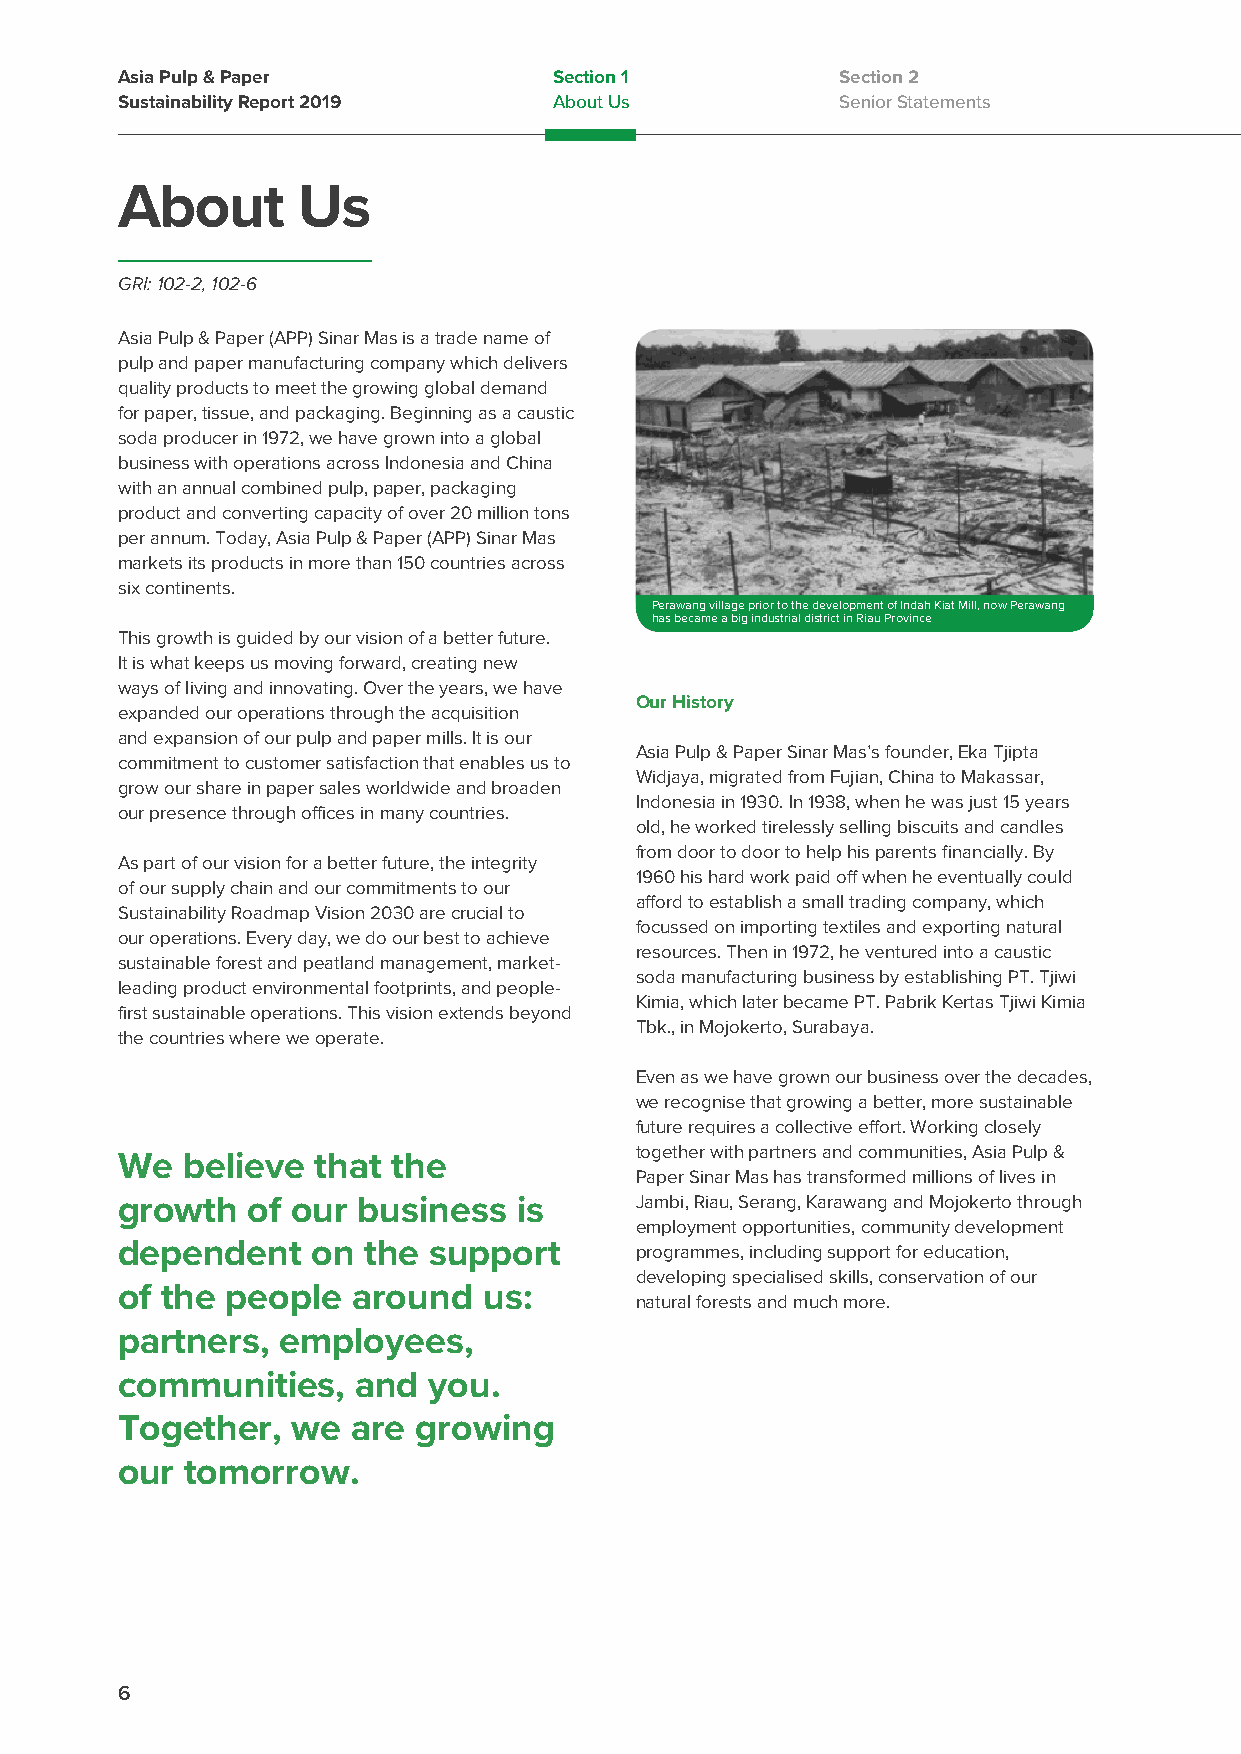
Asia Pulp & Paper            Section 1          Section 2
 Sustainability Report 2019   About Us           Senior Statements
 About       Us
 GRI: 102-2, 102-6
 Asia Pulp & Paper (APP) Sinar Mas is a trade name of
 pulp and paper manufacturing company which delivers
 quality products to meet the growing global demand
 for paper, tissue, and packaging. Beginning as a caustic
 soda producer in 1972, we have grown into a global
 business with operations across Indonesia and China
 with an annual combined pulp, paper, packaging
 product and converting capacity of over 20 million tons
 per annum. Today, Asia Pulp & Paper (APP) Sinar Mas
 markets its products in more than 150 countries across
 six continents.
 Perawang village prior to the development of Indah Kiat Mill, now Perawang
 has became a big industrial district in Riau Province
 This growth is guided by our vision of a better future.
 It is what keeps us moving forward, creating new
 ways of living and innovating. Over the years, we have
 Our History
 expanded our operations through the acquisition
 and expansion of our pulp and paper mills. It is our
 Asia Pulp & Paper Sinar Mas’s founder, Eka Tjipta
 commitment to customer satisfaction that enables us to
 Widjaya, migrated from Fujian, China to Makassar,
 grow our share in paper sales worldwide and broaden
 Indonesia in 1930. In 1938, when he was just 15 years
 our presence through offices in many countries.
 old, he worked tirelessly selling biscuits and candles
 from door to door to help his parents financially. By
 As part of our vision for a better future, the integrity
 1960 his hard work paid off when he eventually could
 of our supply chain and our commitments to our
 afford to establish a small trading company, which
 Sustainability Roadmap Vision 2030 are crucial to
 focussed on importing textiles and exporting natural
 our operations. Every day, we do our best to achieve
 resources. Then in 1972, he ventured into a caustic
 sustainable forest and peatland management, market-
 soda manufacturing business by establishing PT. Tjiwi
 leading product environmental footprints, and people-
 Kimia, which later became PT. Pabrik Kertas Tjiwi Kimia
 first sustainable operations. This vision extends beyond
 Tbk., in Mojokerto, Surabaya.
 the countries where we operate.
 Even as we have grown our business over the decades,
 we recognise that growing a better, more sustainable
 future requires a collective effort. Working closely
 together with partners and communities, Asia Pulp &
 We  believe  that the
 Paper Sinar Mas has transformed millions of lives in
 growth  of our  business  is      Jambi, Riau, Serang, Karawang and Mojokerto through
 employment opportunities, community development
 dependent    on the support       programmes, including support for education,
 developing specialised skills, conservation of our
 of the people  around   us:
 natural forests and much more.
 partners,  employees,
 communities,    and you.
 Together,  we  are  growing
 our tomorrow.
 6